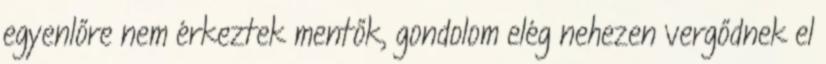
egyenlőre nem érkeztek mentők, gondolom elég nehezen vergődnek el